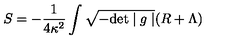
S = - \frac { 1 } { 4 \kappa ^ { 2 } } \int \sqrt { - \mathrm { d e t } \mid g \mid } ( R + \Lambda )